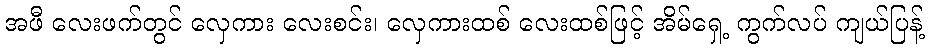
အဖီ လေးဖက်တွင် လှေကား လေးစင်း၊ လှေကားထစ် လေးထစ်ဖြင့် အိမ်ရှေ့ ကွက်လပ် ကျယ်ပြန့်